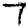
Digit: 7